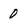
Character: 0